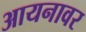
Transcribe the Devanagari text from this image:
आयनावर